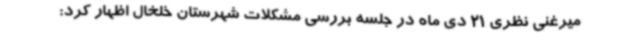
میرغنی نظری 21 دی ماه در جلسه بررسی مشکلات شهرستان خلخال اظهار کرد: